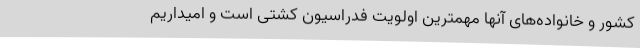
کشور و خانواده‌های آنها مهمترین اولویت فدراسیون کشتی است و امیداریم